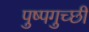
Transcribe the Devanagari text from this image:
पुष्पगुच्छी